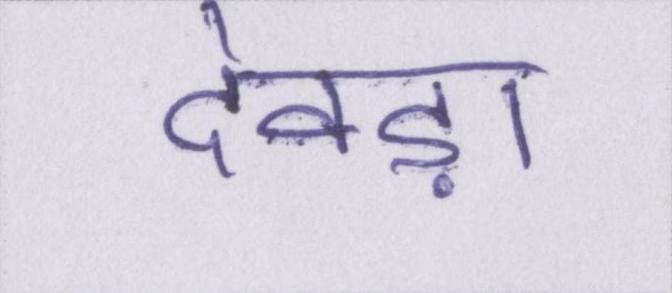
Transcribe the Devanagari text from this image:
देवड़ा